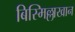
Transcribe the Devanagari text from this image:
बिस्मिल्लाखान